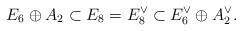
\begin{align*}E_6\oplus A_2 \subset E_8 = E_8^\vee \subset E_6^\vee\oplus A_2^\vee.\end{align*}